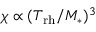
\chi \propto ( T _ { \mathrm { r h } } / M _ { * } ) ^ { 3 }